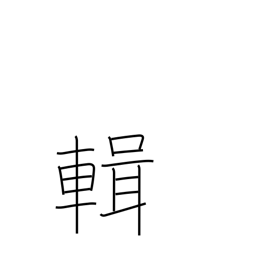
Meaning: compile